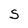
Character: S